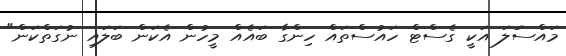
މައްސަަލަ އަކީ ގެސްޓް ހައުސްތައް ހިންގާ ބައެއް މީހުން އެކަން ބަލައި ނުގަތްކަން"